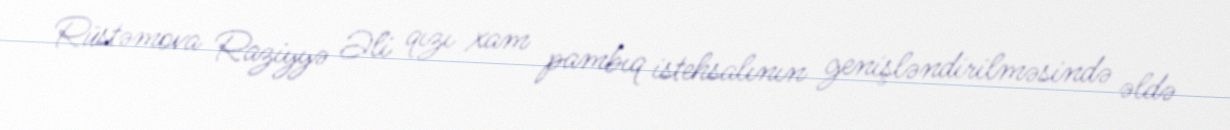
Rüstəmova Raziyyə Əli qızı xam pambıq istehsalının genişləndirilməsində əldə